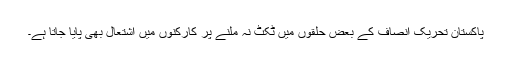
پاکستان تحریک انصاف کے بعض حلقوں میں ٹکٹ نہ ملنے پر کارکنوں میں اشتعال بھی پایا جاتا ہے۔